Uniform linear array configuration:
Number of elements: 64
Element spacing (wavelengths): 0.75
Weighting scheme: binomial
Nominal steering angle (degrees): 30
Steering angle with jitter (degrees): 29.818
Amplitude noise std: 0.05
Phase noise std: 0.05

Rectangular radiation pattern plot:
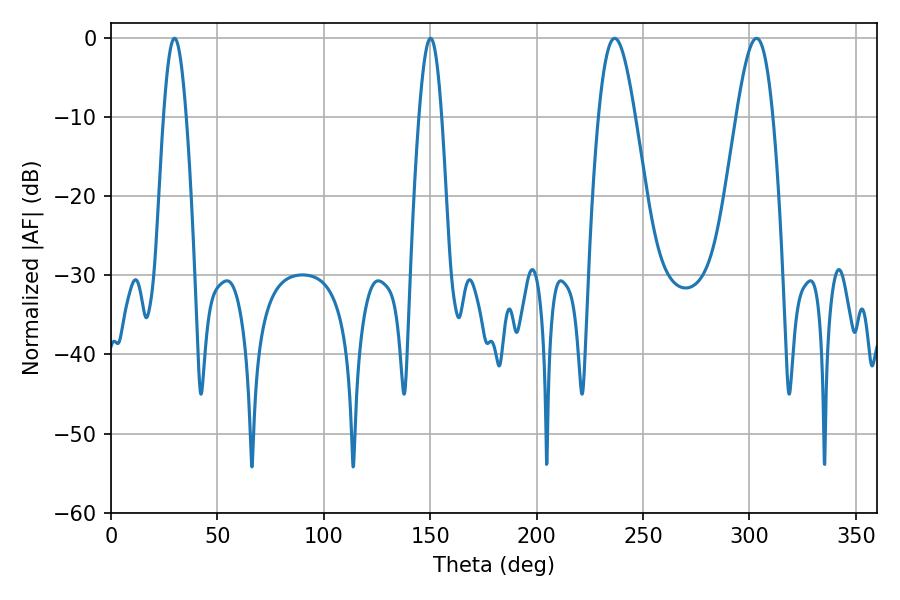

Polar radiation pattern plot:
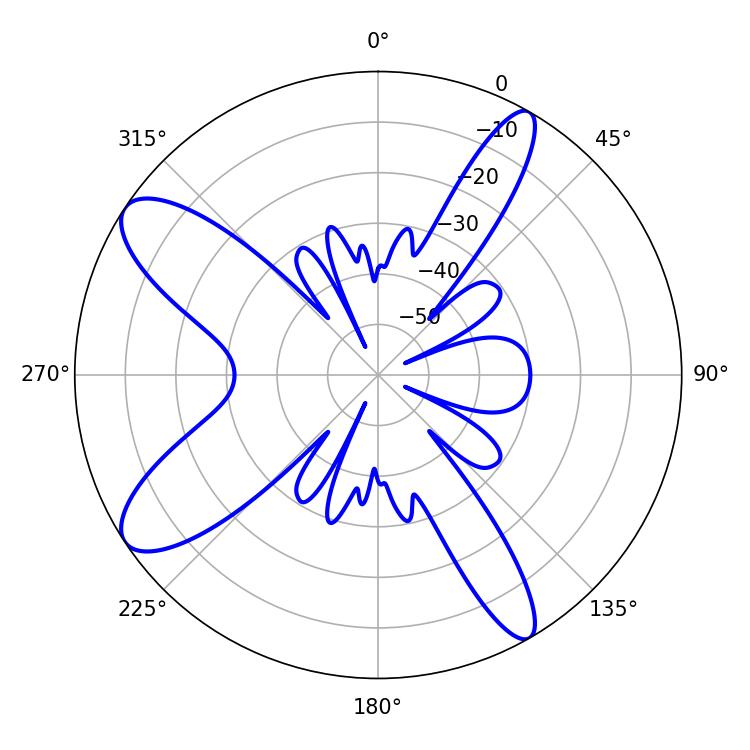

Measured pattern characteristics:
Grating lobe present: TRUE
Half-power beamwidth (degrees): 9.18
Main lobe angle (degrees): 236.7